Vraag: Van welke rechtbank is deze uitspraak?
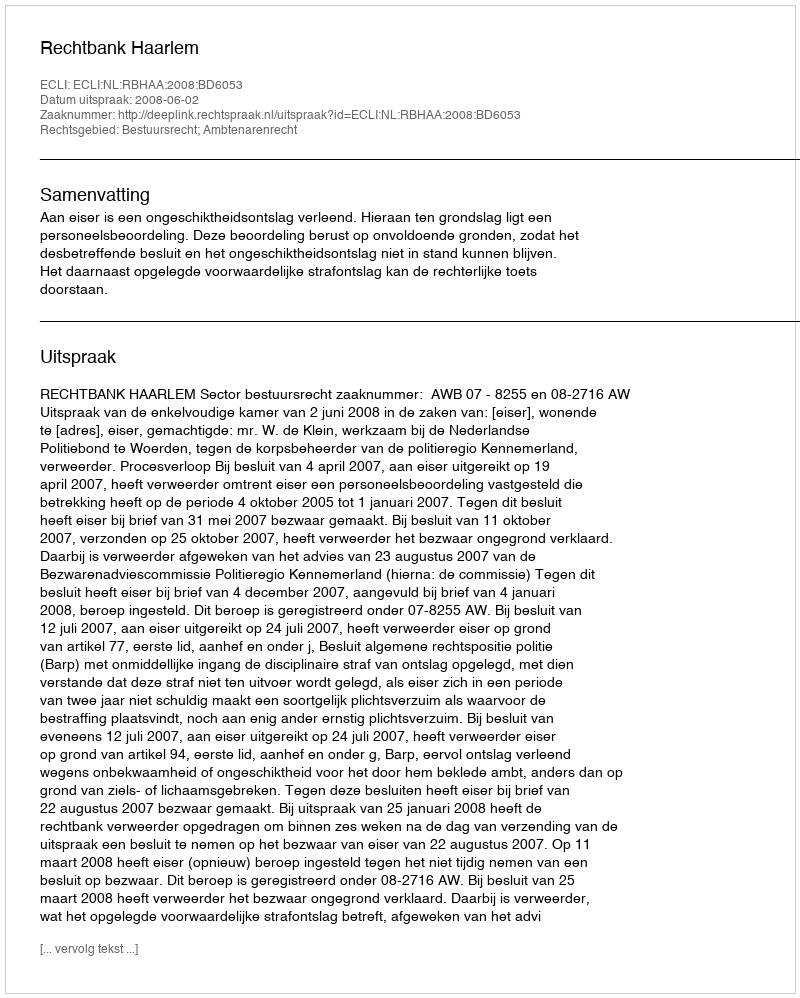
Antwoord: Rechtbank Haarlem